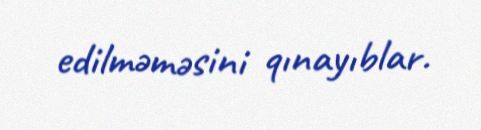
edilməməsini qınayıblar.